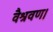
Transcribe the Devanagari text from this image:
वैश्रवण।